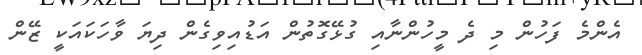
އެންމެ ފަހުން މި ދެ މީހުންނާއި ގުޅޭގޮތުން އަޑުއިވިގެން ދިޔަ ވާހަކައަކީ ޒޭން